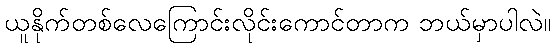
ယူနိုက်တစ်လေကြောင်းလိုင်းကောင်တာက ဘယ်မှာပါလဲ။